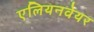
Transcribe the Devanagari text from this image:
एलियनवेयर